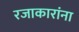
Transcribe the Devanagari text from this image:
रजाकारांना